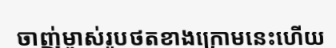
ចាញ់ម្ចាស់រូបថតខាងក្រោមនេះហើយ